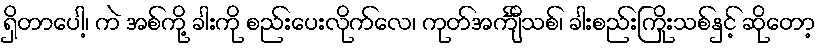
ရှိတာပေါ့၊ ကဲ အစ်ကို့ ခါးကို စည်းပေးလိုက်လေ၊ ကုတ်အင်္ကျီသစ်၊ ခါးစည်းကြိုးသစ်နှင့် ဆိုတော့